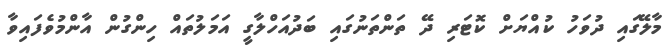
މާލޭގައި ދުވަހު ކުއްޔަށް ކޮޓަރި ދޭ ތަންތަނުގައި ބަދުއަހްލާގީ އަމަލުތައް ހިންގުން އާންމުވެފައިވާ